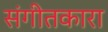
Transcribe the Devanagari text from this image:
संगीतकारा